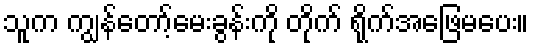
သူက ကျွန်တော့်မေးခွန်းကို တိုက် ရိုက်အဖြေမပေး။